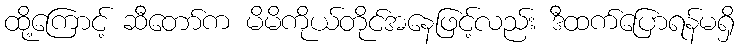
ထို့ကြောင့် ဆီတော်က မိမိကိုယ်တိုင်အနေဖြင့်လည်း ဒီထက်ပြောရန်မရှိ